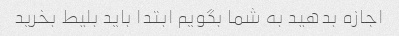
اجازه بدهید به شما بگویم ابتدا باید بلیط بخرید